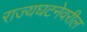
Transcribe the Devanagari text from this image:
राज्यघटनेवरील